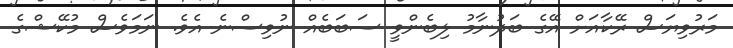
މަރުވިޔަސް ރޭކާއަށް އޭގެ ބަދުނާމު ލިބެންވީ ސަބަބެއް ނުވިސްނެ އެވެ. ނަމަވެސް މުކޭޝްގެ